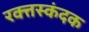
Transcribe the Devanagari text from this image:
रक्त्तस्कंदक